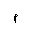
Letter: _mim